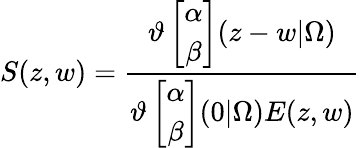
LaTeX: S(z,w)=\frac{\vartheta\left[\begin{array}{c}{{\alpha}}\\ {{\beta}}\end{array}\right](z-w|\Omega)}{\vartheta\left[\begin{array}{c}{{\alpha}}\\ {{\beta}}\end{array}\right](0|\Omega)E(z,w)}